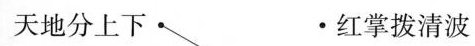
天地分上下· ·红掌拨清波